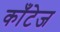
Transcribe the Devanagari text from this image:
काँटेज